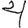
Digit: 4